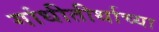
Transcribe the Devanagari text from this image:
गांधीतीर्थाच्या